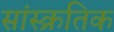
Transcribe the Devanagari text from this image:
सांस्क्रतिक